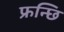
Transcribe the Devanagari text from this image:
फ्रन्छि